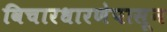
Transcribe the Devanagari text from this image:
विचारधारणेपासून